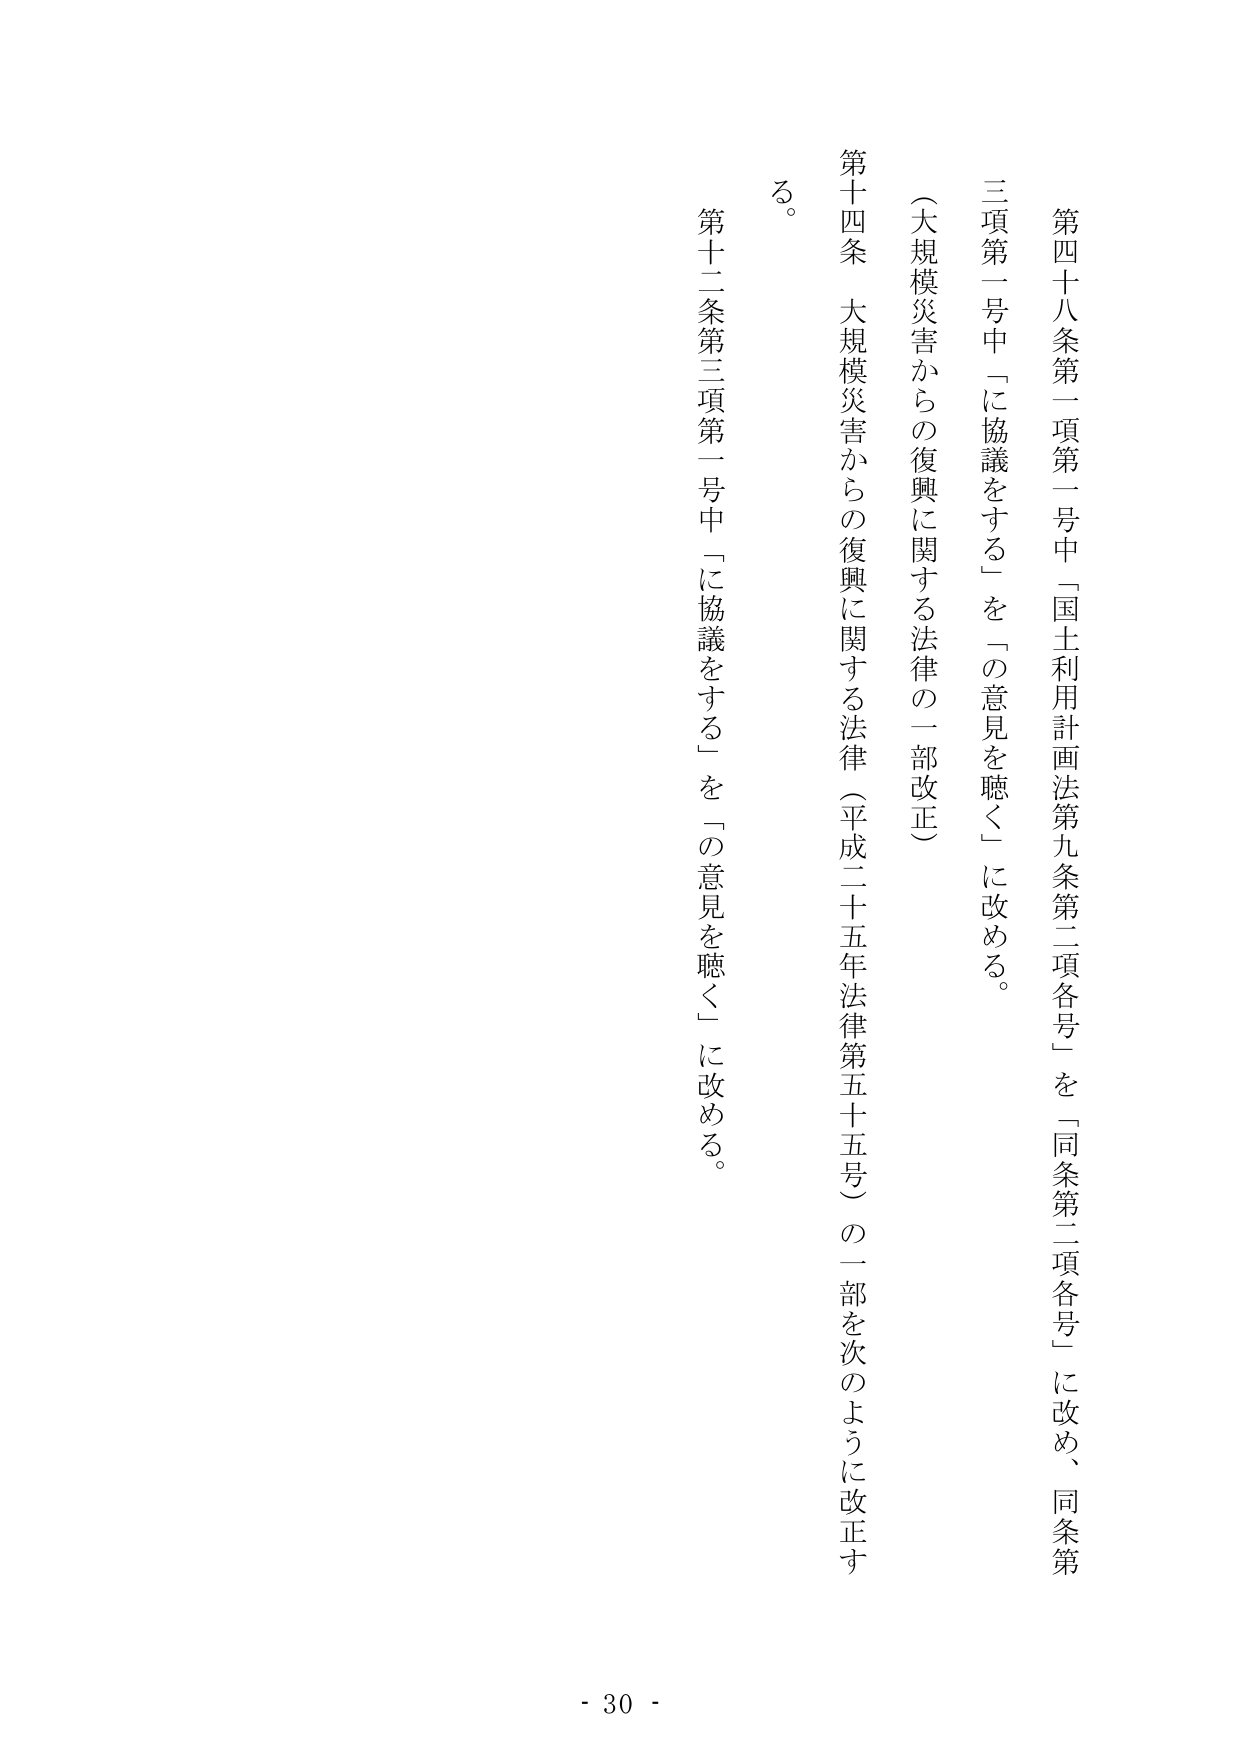
第四十八条第一項第一号中「国土利用計画法第九条第二項各号」を「同条第二項各号」に改め、同条第三項第一号中「に協議をする」を「の意見を聴く」に改める。

（大規模災害からの復興に関する法律の一部改正）

第十四条　大規模災害からの復興に関する法律（平成二十五年法律第五十五号）の一部を次のように改正する。

第十二条第三項第一号中「に協議をする」を「の意見を聴く」に改める。

- 30 -